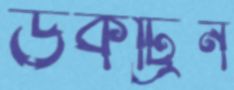
ডকট্রিন